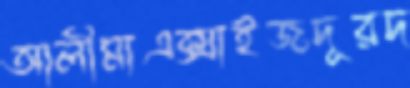
আলীমাএক্সাইজদূরদ